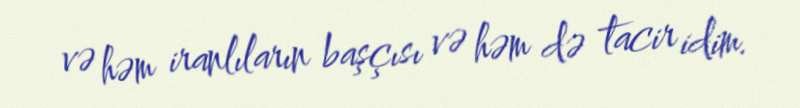
və həm iranlıların başçısı və həm də tacir idim.